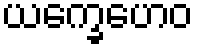
ယက္ခေဟေဝ